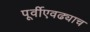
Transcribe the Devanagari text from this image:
पूर्वीएवढ्याच